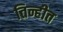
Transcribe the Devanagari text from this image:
तिन्हीत